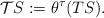
LaTeX: \begin{align*}\mathcal{T}S:=\theta^\tau(TS).\end{align*}